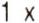
1 X